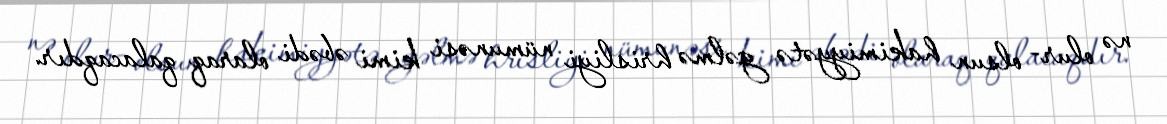
nə olur- olsun hakimiyyətə gəlmə hrisliyi nümunəsi kimi əbədi olaraq qalacaqdır.